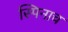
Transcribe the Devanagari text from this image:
स्पिनाच